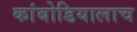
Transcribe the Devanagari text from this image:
कांबोडियालाच